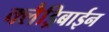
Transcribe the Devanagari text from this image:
क्लैड्रिबाईन